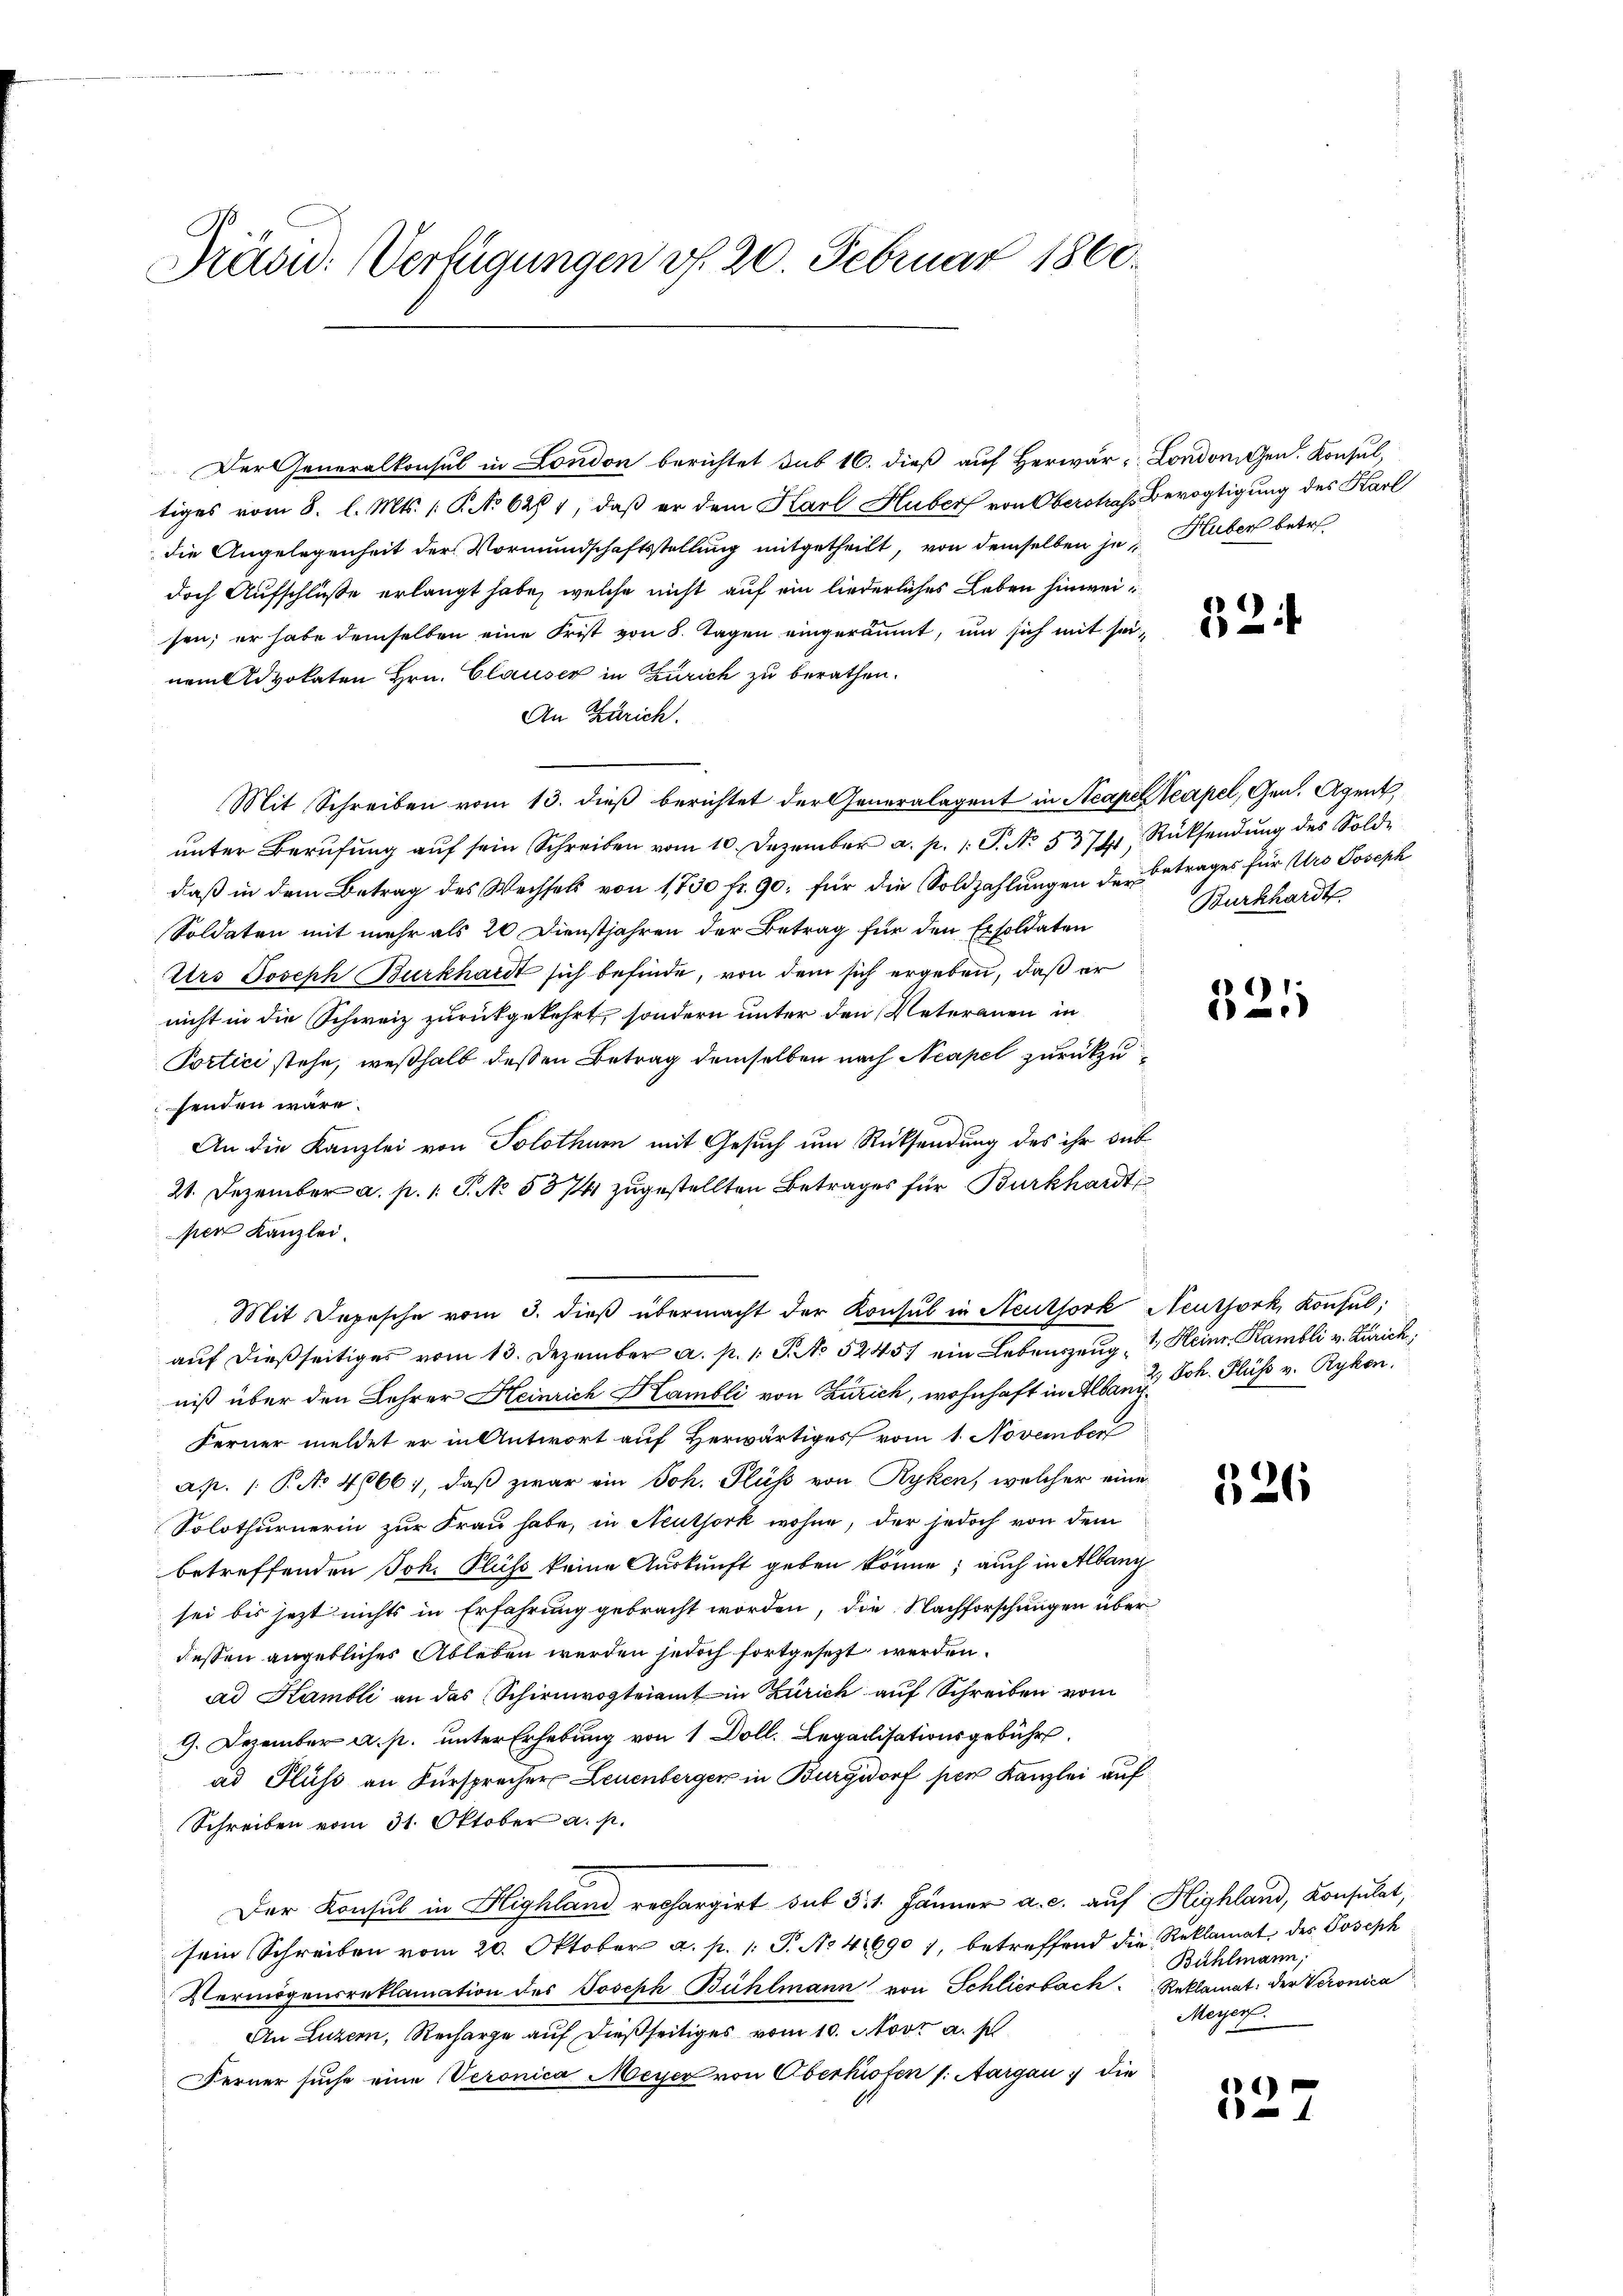
Präsid. Verfügungen v. 20. Februar 1860.

tiges vom 8. l. Mts. (T. No 6281, daß er dem Karl Huber von Oberstrafs Bevogtigung des Karl
die Angelegenheit der Vormundschaftsstellung mitgetheilt, von demselben je Huber betr.
doch Aufschluße erlangt habe, welche nicht auf ein liederliches Leben hinweisen; er habe demselben eine Frist von 5. Tagen eingeräumt, um sich mit seinem Advokaten Hrn. Clauser in Zürich zu berathen.
An Zürich.
Mit Schreiben vom 13. dieß berichtet der Generalagent in Acapel Neapel, Gen. Agent
unter Berufung auf sein Schreiben vom 10. Dezember a. p. 1. P. No. 53741, Rücksendung des Solde
daβ in dem Betrag des Wechsels von 1750 fr. 90. für die Soldzahlungen der Betrages für Uro Joseph
Soldaten mit mehr als 20 Dienstjahren der Betrag für den Exsoldaten
Urs Joseph Burkhardt sich befinde, von dem sich ergeben, daß er
nicht in die Schweiz zurückgekehrt, sondern unter den Veterauen in
Portici stehe, weßhalb dessen Betrag demselben nach Neapel zurückzufenden wäre.
An die Kanzlei von Solothur mit Gesuch um Rücksendung des ihr sub
21. Dezember a. p. 1 S. No. 53741 zugestellten Betrages für Burkhardt
pen Kanzlei.
niß über den Lehrer Heinrich Hambli von Zürich, wohnhaft in Albany
Ferner meldet er in Antwort auf Herwärtiges vom 1. November
ap. 1. P. No 4066), daß zwar ein Joh. Fluss von Ryken, welcher eine
Solothurnerin zur Frau habe, in Neuthork wohne, der jedoch von dem
betreffenden Joh. Fluss keine Auskunft geben könne; auch in Albang
sei bis jetzt nichts in Erfahrung gebracht worden, die Nachforschungen über
dessen angebliches Ableben werden jedoch fortgesezt werden.
ad Kambli an das Schirmvogteiamt in Zürich auf Schreiben vom
9. Dezember a. p. unter Erhebung von 1 Doll. Legalisationsgebühr
ad Fluss an Fürsprecher Leuenberger in Burgdorf per Kanzlei auf
Schreiben vom 31. Oktober a. p.
Der Konsul in Highland rechargirt sub 311. Jänner a. c. auf Highland, Konsulat,
sein Schreiben vom 20. Oktober a. p. 1 S. No 41690), betreffend die Reklamat des Joseph
Vermögensreklamation des Joseph Bühlmann von Schlierbach. Reklamat: der Veronica
An Luzern, Recharge auf dießseitiges vom 10. Nov. a.
Ferner suche eine Veronica Meyer von Oberkiofen s. Aargau, die

Der Generalkonsul in London berichtet sub 16. dieß auf Herwar- Londoniten. Konsul,

Mit Depesche vom 3. dieß übermacht der Konsul in Neuthork Neuthork, Konsul,
auf dießseitiges vom 13. Dezember a. p. 1 S. No 52457 ein Lebenszeug & Heinr. Kambli v. Zürich,

52

Burkhardt

6)

2.) Joh. Fluss v. Rykon.

526

Bühlmann,
Meyer.

1)